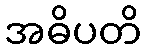
အဓိပတိ